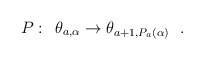
\begin{align*}P:\hskip 0.2cm \theta_{a,\alpha} \rightarrow \theta_{a+1,P_a(\alpha)}~~.\end{align*}